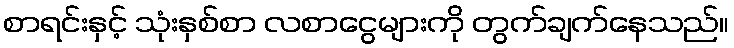
စာရင်းနှင့် သုံးနှစ်စာ လစာငွေများကို တွက်ချက်နေသည်။